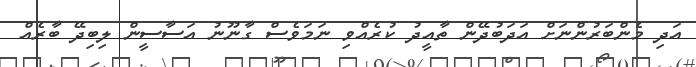
އަދި މެންބަރުންނަށް އަދަބުދޭން ތާއީދު ކުރެއްވި ނަމަވެސް ގާނޫނު އަސާސީން ލިބިދޭ ބާރެއް